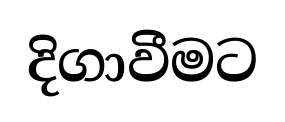
දිගාවීමට